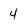
Character: 4